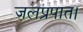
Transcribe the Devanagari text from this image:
जलप्रपात।